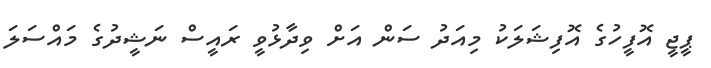
ޕީޖީ އޮފީހުގެ އޮފިޝަލަކު މިއަދު ސަން އަށް ވިދާޅުވީ ރައީސް ނަޝީދުގެ މައްސަލަ